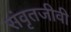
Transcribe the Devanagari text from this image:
संवृतजीवी